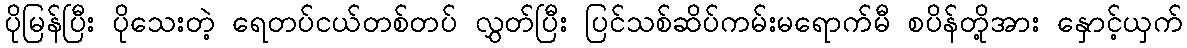
ပိုမြန်ပြီး ပိုသေးတဲ့ ရေတပ်ငယ်တစ်တပ် လွှတ်ပြီး ပြင်သစ်ဆိပ်ကမ်းမရောက်မီ စပိန်တို့အား နှောင့်ယှက်